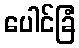
ပေါင်ခြံ